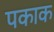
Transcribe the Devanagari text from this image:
पकाक